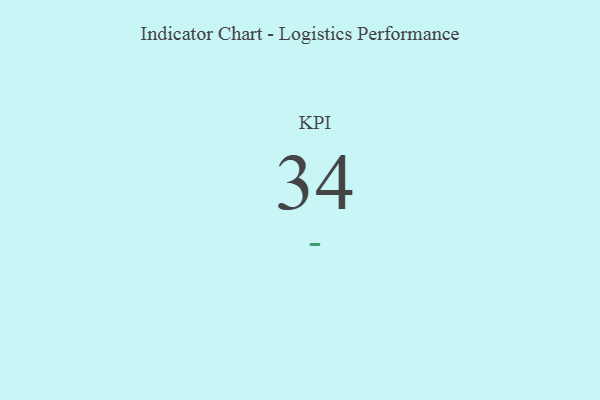
{"axis": {"x": "KPI", "y": "Value"}, "legend": [""], "data": [{"x": "KPI", "y": 34, "type": ""}]}